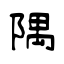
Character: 隅